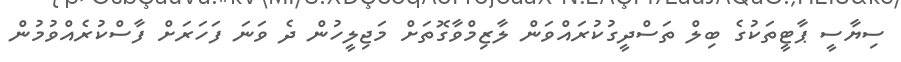
ސިޔާސީ ޕާޓީތަކުގެ ބިލް ތަސްދީގުކުރައްވަން ލާޒިމްވާގޮތަށް މަޖިލީހުން ދެ ވަނަ ފަހަރަށް ފާސްކުރެއްވުމުން